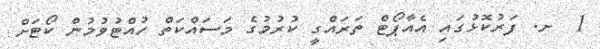
1  ށ. ފަރުކޮޅުގައި އެއާޕޯޓް ތަރައްގީ ކުރުމުގެ މަސައްކަތް ހުއްޓުވުމުން ކޯޓަށް